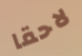
لاحقا